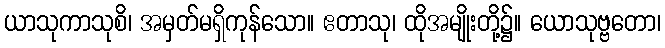
ယာသုကာသုစိ၊ အမှတ်မရှိကုန်သော။ ဧတာသု၊ ထိုအမျိုးတို့၌။ ယောသုဗ္ဗတော၊